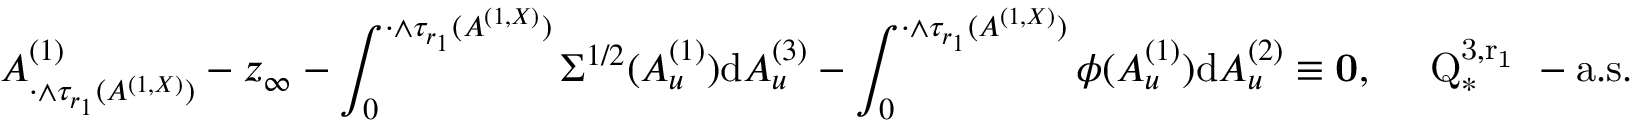
A _ { \cdot \wedge \tau _ { r _ { 1 } } ( A ^ { ( 1 , X ) } ) } ^ { ( 1 ) } - z _ { \infty } - \int _ { 0 } ^ { \cdot \wedge \tau _ { r _ { 1 } } ( A ^ { ( 1 , X ) } ) } \Sigma ^ { 1 / 2 } ( A _ { u } ^ { ( 1 ) } ) { \mathrm d } A _ { u } ^ { ( 3 ) } - \int _ { 0 } ^ { \cdot \wedge \tau _ { r _ { 1 } } ( A ^ { ( 1 , X ) } ) } \phi ( A _ { u } ^ { ( 1 ) } ) { \mathrm d } A _ { u } ^ { ( 2 ) } \equiv \mathbf { 0 } , \quad \mathrm { ~ Q _ { * } ^ { 3 , r _ 1 } ~ - a . s . }